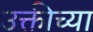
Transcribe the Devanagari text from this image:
उक्तीच्या